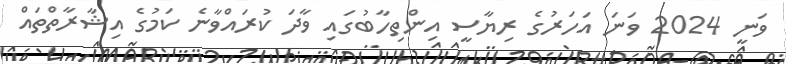
ވަނީ 2024 ވަނަ އަހަރުގެ ރިޔާސީ އިންތިހާބުގައި ވާދަ ކުރައްވާނެ ކަމުގެ އިޝާރާތްތައް